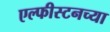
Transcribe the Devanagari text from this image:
एल्फीस्टनच्या